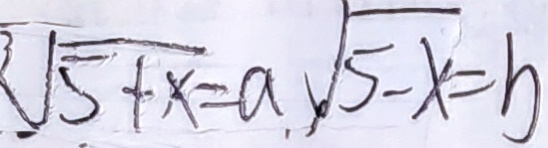
\sqrt { 5 + x } = a , \sqrt { 5 - x } = b